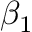
\beta _ { 1 }